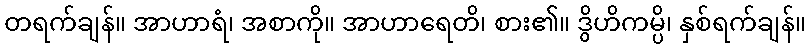
တရက်ချန်။ အာဟာရံ၊ အစာကို။ အာဟာရေတိ၊ စား၏။ ဒွိဟိကမ္ပိ၊ နှစ်ရက်ချန်။